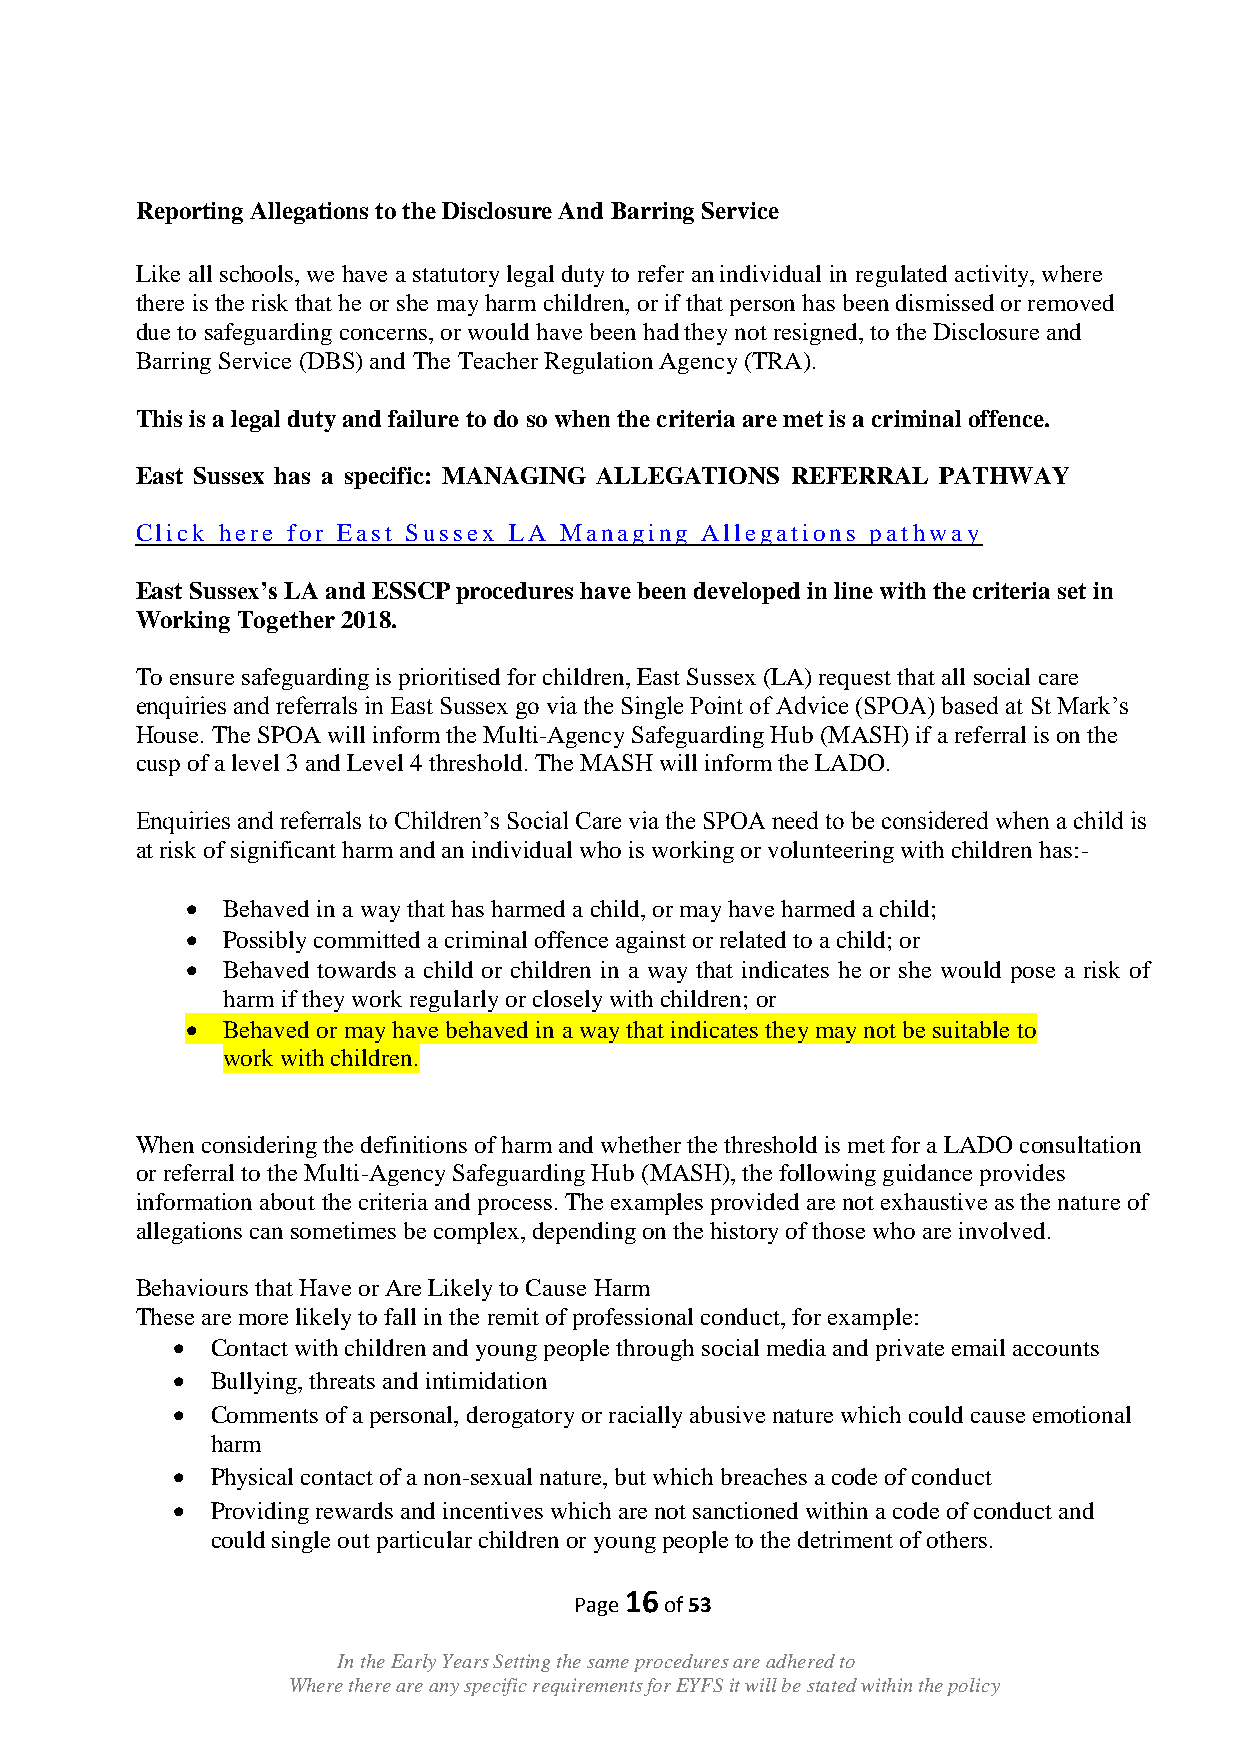
Reporting Allegations to the Disclosure And Barring Service
 Like all schools, we have a statutory legal duty to refer an individual in regulated activity, where
 there is the risk that he or she may harm children, or if that person has been dismissed or removed
 due to safeguarding concerns, or would have been had they not resigned, to the Disclosure and
 Barring Service (DBS) and The Teacher Regulation Agency (TRA).
 This is a legal duty and failure to do so when the criteria are met is a criminal offence.
 East Sussex has a specific: MANAGING ALLEGATIONS REFERRAL PATHWAY
 Click here for East Sussex LA Managing Allegations pathway
 East Sussex‟s LA and ESSCP procedures have been developed in line with the criteria set in
 Working Together 2018.
 To ensure safeguarding is prioritised for children, East Sussex (LA) request that all social care
 enquiries and referrals in East Sussex go via the Single Point of Advice (SPOA) based at St Mark‟s
 House. The SPOA will inform the Multi-Agency Safeguarding Hub (MASH) if a referral is on the
 cusp of a level 3 and Level 4 threshold. The MASH will inform the LADO.
 Enquiries and referrals to Children‟s Social Care via the SPOA need to be considered when a child is
 at risk of significant harm and an individual who is working or volunteering with children has:-
   Behaved in a way that has harmed a child, or may have harmed a child;
   Possibly committed a criminal offence against or related to a child; or
   Behaved towards a child or children in a way that indicates he or she would pose a risk of
 harm if they work regularly or closely with children; or
   Behaved or may have behaved in a way that indicates they may not be suitable to
 work with children.
 When considering the definitions of harm and whether the threshold is met for a LADO consultation
 or referral to the Multi-Agency Safeguarding Hub (MASH), the following guidance provides
 information about the criteria and process. The examples provided are not exhaustive as the nature of
 allegations can sometimes be complex, depending on the history of those who are involved.
 Behaviours that Have or Are Likely to Cause Harm
 These are more likely to fall in the remit of professional conduct, for example:
   Contact with children and young people through social media and private email accounts
   Bullying, threats and intimidation
   Comments of a personal, derogatory or racially abusive nature which could cause emotional
 harm
   Physical contact of a non-sexual nature, but which breaches a code of conduct
   Providing rewards and incentives which are not sanctioned within a code of conduct and
 could single out particular children or young people to the detriment of others.
 16
 Page  of 53
 In the Early Years Setting the same procedures are adhered to
 Where there are any specific requirements for EYFS it will be stated within the policy